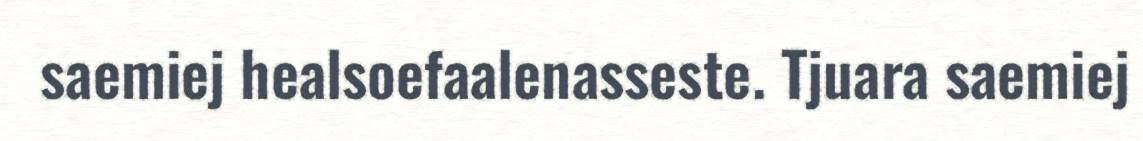
saemiej healsoefaalenasseste. Tjuara saemiej